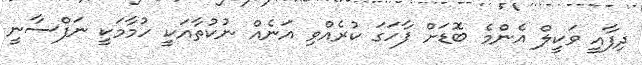
ދިފާއީ ވަކީލް އެންމެ ބޮޑަށް ފާހަގަ ކުރެއްވި އަނެއް ނުކުތާއަކީ ހުމާމަކީ ނަފްސާނީ